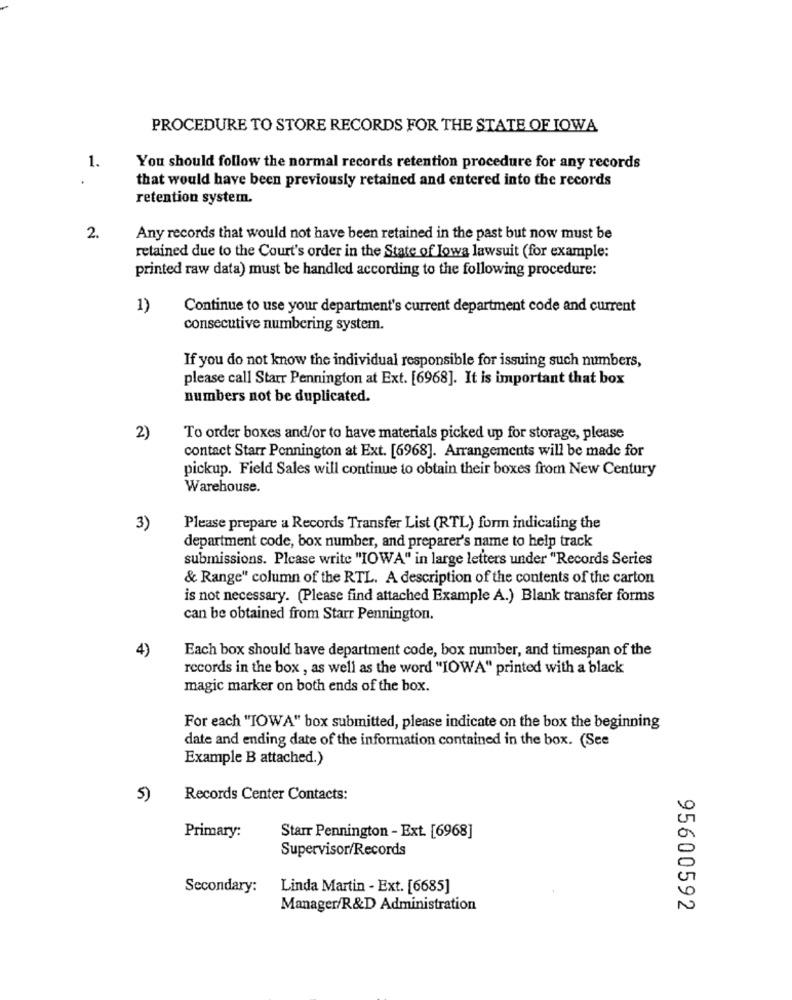
PROCEDURE TO STORE RECORDS FOR THE STATE OF IOWA
1.
You should follow the normal records retention procedure for any records
.
that would have been previously retained and entered into the records
retention system.
2.
Any records that would not have been retained in the past but now must be
retained due to the Court's order in the State of Jowa lawsuit (for example:
printed raw data) must be handled according to the following procedure:
1)
Continue to use your department's current department code and current
consecutive numbering system.
If you do not know the individual responsible for issuing such numbers,
please call Starr Pennington at Ext. [6968]. It is important that box
numbers not be duplicated.
2)
To order boxes and/or to have materials picked up for storage, please
contact Starr Pennington at Ext. [6968]. Arrangements will be made for
pickup. Field Sales will continue to obtain their boxes from New Century
Warehouse.
3)
Please prepare a Records Transfer List (RTL) form indicating the
department code, box number, and preparer's name to help track
submissions. Please write "IOWA" in large letters under "Records Series
& Range" column of the RTL. A description of the contents of the carton
is not necessary. (Please find attached Example A.) Blank transfer forms
can be obtained from Starr Pennington.
4)
Each box should have department code, box number, and timespan of the
records in the box , as well as the word "IOWA" printed with a black
magic marker on both ends of the box.
For each "TOWA" box submitted, please indicate on the box the beginning
date and ending date of the information contained in the box. (See
Example B attached.)
5)
Records Center Contacts:
Primary:
Starr Pennington - Ext. [6968]
Supervisor/Records
Secondary:
Linda Martin - Ext. [6685]
0
Manager/R&D Administration
N
95600592